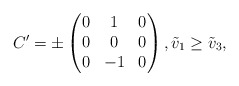
\begin{align*}C' = \pm \begin{pmatrix} 0 & 1 & 0 \\ 0 &0 & 0 \\ 0 & -1 & 0 \end{pmatrix},\tilde{v}_1 \ge \tilde{v}_3,\end{align*}